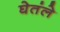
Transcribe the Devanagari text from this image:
घेतंले